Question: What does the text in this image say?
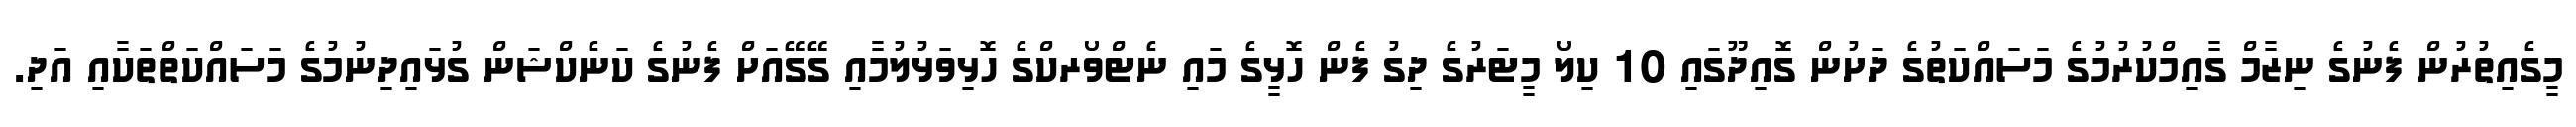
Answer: މީގެއިތުރުން ފެނުގެ ނިޒާމް ގާއިމްކުރުމުގެ މަސައްކަތުގެ ދަށުން ގޮއިދޫގައި 10 ކިލޯ މީޓަރުގެ ދިގު ފެން ހޮޅީގެ މައި ނެޓްވޯރކްގެ ހޮޅިވަޅުލުމާއި ގޭގޭއަށް ފެނުގެ ކަނެކްޝަން ގުޅައިދިނުމުގެ މަސައްކަތްތަކާއި އަދި.